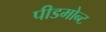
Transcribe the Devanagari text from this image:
पीडमोन्ट